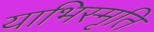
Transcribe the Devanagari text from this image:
याभिस्मृति